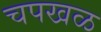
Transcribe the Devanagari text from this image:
चपखळ